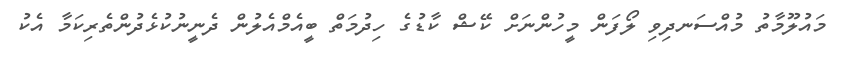
މައުލޫމާތު މުއްސަނދިވި ލޯފަން މީހުންނަށް ކޭޝް ކާޑުގެ ހިދުމަތް ބީއެމްއެލުން ދެނީނުކުޅެދުންތެރިކަމާ އެކު